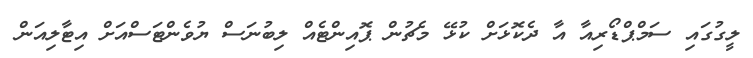
ލީގުގައި ސަމްޕްޑޯރިއާ އާ ދެކޮޅަށް ކުޅޭ މެޗުން ޕޮއިންޓެއް ލިބުނަސް ޔުވެންޓަސްއަށް އިޓާލިއަން